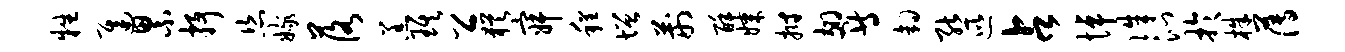
牲迟累抒恣嫁落羔琪公犹寂程增荆酥媒拊翅等钩熊巡占悼侏沁于株薄